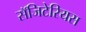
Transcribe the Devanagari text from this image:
सॅजिटेरियस